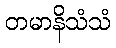
တမာနိသံသံ